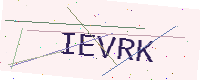
Text: IEVRK